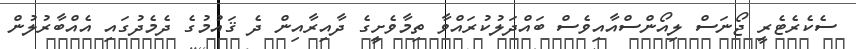
ސެކެރެޓެރީ ޖޯނަސް ލިއޯންސްއާއިވެސް ބައްދަލުކުރައްވާ ތިމާވެށީގެ ދާއިރާއިން ދެ ޤައުމުގެ ދެމެދުގައި އެއްބާރުލުން